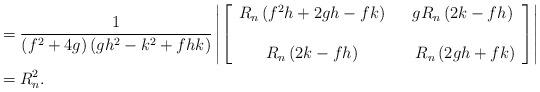
LaTeX: \begin{align*} &=\frac{1}{\left( f^{2}+4g\right)(gh^{2}-k^{2}+fhk)}\left|\left[\begin{array}[c]{cc}R_{n}\left( f^{2}h+2gh-fk\right) & \ \ gR_{n}\left( 2k-fh\right) \\ & \\R_{n}\left( 2k-fh\right) & \ \ \ R_{n}\left( 2gh+fk\right)\end{array}\right] \right|\\ &=R_{n}^{2}.\end{align*}